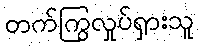
တက်ကြွလှုပ်ရှားသူ